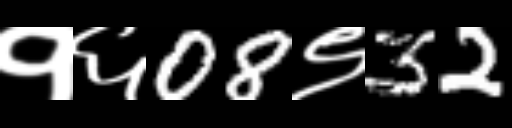
Text: १६08९32